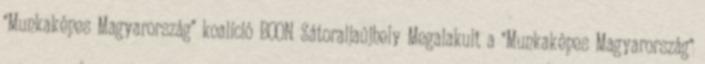
"Munkaképes Magyarország" koalíció BOON Sátoraljaújhely Megalakult a "Munkaképes Magyarország"